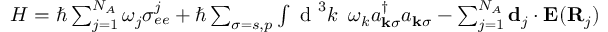
\begin{array} { r } { H = \hbar \sum _ { j = 1 } ^ { N _ { A } } \omega _ { j } \sigma _ { e e } ^ { j } + \hbar \sum _ { \sigma = s , p } \int \textrm { d } ^ { 3 } k \, \, \, \omega _ { k } a _ { \mathbf { k } \sigma } ^ { \dagger } a _ { \mathbf { k } \sigma } - \sum _ { j = 1 } ^ { N _ { A } } \mathbf { d } _ { j } \cdot \mathbf { E } ( \mathbf { R } _ { j } ) } \end{array}